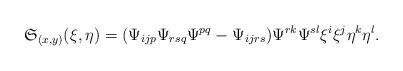
LaTeX: \begin{align*} \mathfrak { S } _ { ( x , y ) } ( \xi , \eta )= (\Psi_{ijp}\Psi_{rsq}\Psi^{pq}-\Psi_{ijrs})\Psi^{rk} \Psi^{sl} \xi ^ { i } \xi ^ { j } \eta ^ { k } \eta ^ { l }. \end{align*}